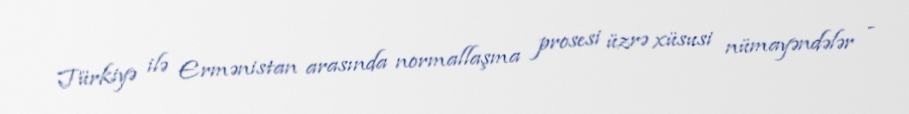
Türkiyə ilə Ermənistan arasında normallaşma prosesi üzrə xüsusi nümayəndələr -